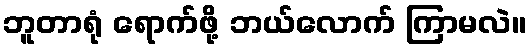
ဘူတာရုံ ရောက်ဖို့ ဘယ်လောက် ကြာမလဲ။